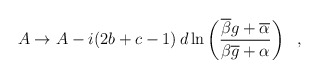
\begin{align*}A \rightarrow A - i(2b+c-1) \, d\ln \left(\frac{\overline{\beta}g + \overline{\alpha}}{\beta \overline{g} + \alpha} \right)~~,\end{align*}